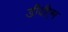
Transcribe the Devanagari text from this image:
डीवीएम